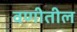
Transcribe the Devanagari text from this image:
वणीतील